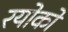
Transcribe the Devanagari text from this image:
रयोको